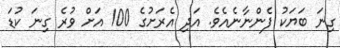
ގިނަ ބަޔަކު ފެންނާނެއެވެ. އަދި އެރަށުގެ 100 އަށް ވުރެ ގިނަ ކުޑަ